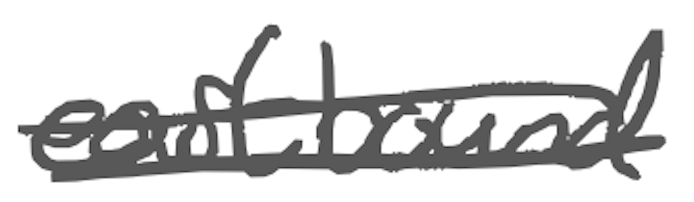
Text: eastbound
Cross-out: double-line
Writing tool: digital_gray